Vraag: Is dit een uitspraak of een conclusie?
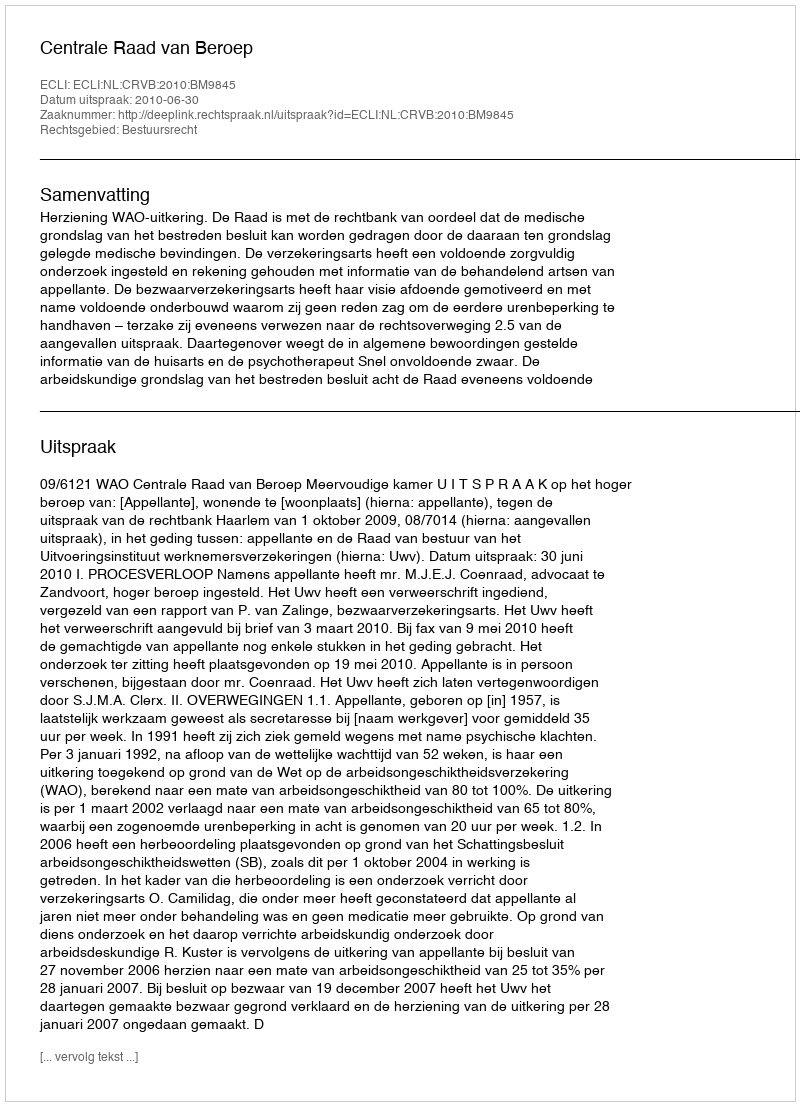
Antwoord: Uitspraak